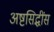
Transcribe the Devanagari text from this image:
अष्टसिद्धींस